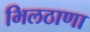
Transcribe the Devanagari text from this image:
भिलठाणा